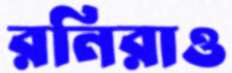
রনিরাও